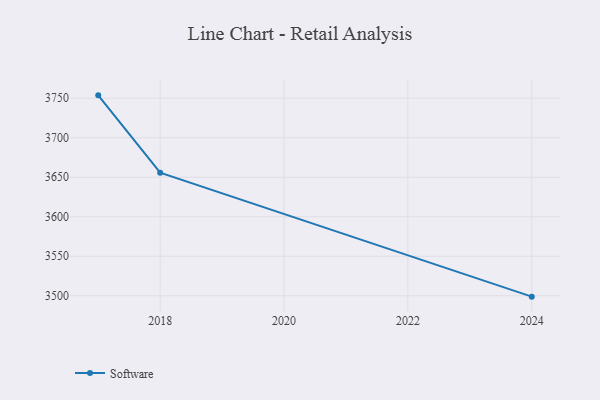
{"axis": {"x": "Year", "y": "Market Share (%)"}, "legend": ["Software"], "data": [{"x": "2024", "y": 3498.9, "type": "Software"}, {"x": "2018", "y": 3655.7, "type": "Software"}, {"x": "2017", "y": 3753.6, "type": "Software"}]}